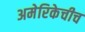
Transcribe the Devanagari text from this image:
अमेरिकेचीच